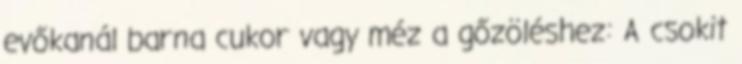
evőkanál barna cukor vagy méz a gőzöléshez: A csokit